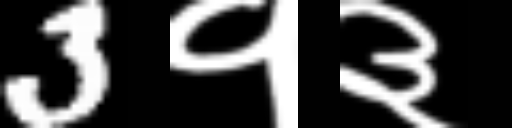
Text: 3१३